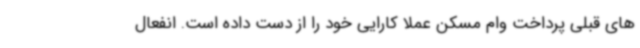
های قبلی پرداخت وام مسکن عملا کارایی خود را از دست داده است. انفعال